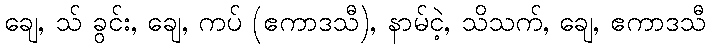
ချေ, သ် ခွင်း, ချေ, ကပ် (ဧကာဒသီ), နာမ်ငဲ့, သိသက်, ချေ, ဧကာဒသီ